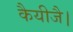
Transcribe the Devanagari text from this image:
कैयीजै।